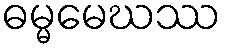
ဓမ္မမေဃဿ